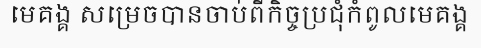
មេគង្គ សម្រេចបានចាប់ពីកិច្ចប្រជុំកំពូលមេគង្គ